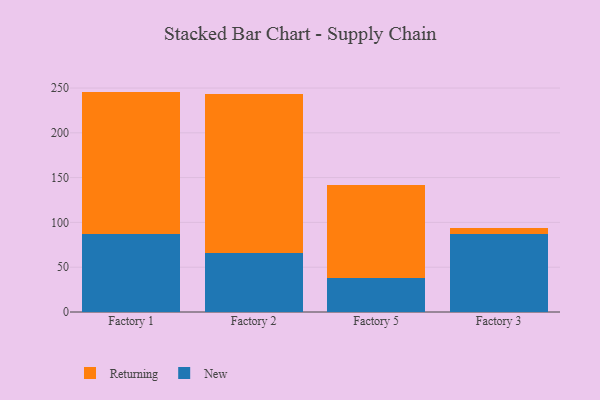
{"axis": {"x": "Factory", "y": "Net Income (USD K)"}, "legend": ["New", "Returning"], "data": [{"x": "Factory 1", "y": 86.9, "type": "New"}, {"x": "Factory 1", "y": 159.1, "type": "Returning"}, {"x": "Factory 2", "y": 66.1, "type": "New"}, {"x": "Factory 2", "y": 176.8, "type": "Returning"}, {"x": "Factory 5", "y": 37.4, "type": "New"}, {"x": "Factory 5", "y": 104.0, "type": "Returning"}, {"x": "Factory 3", "y": 87.3, "type": "New"}, {"x": "Factory 3", "y": 6.8, "type": "Returning"}]}